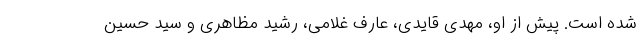
شده است. پیش از او، مهدی قایدی، عارف غلامی، رشید مظاهری و سید حسین